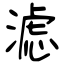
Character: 滤